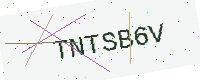
Text: TNTSB6V